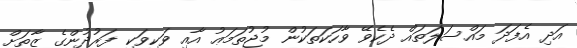
އަދި އެފަދަ މައްސަލަތައް ދެކެވޭ ވާހަކަތަކުން މުޖުތަމަޢު އާއި ވަކިވަކި ފަރުދުންގެ ޒާތަށް